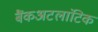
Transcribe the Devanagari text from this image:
बैंकअटलांटिक